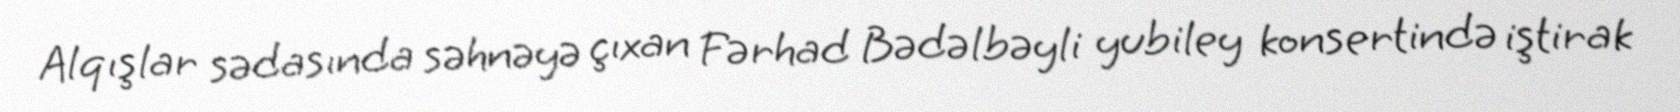
Alqışlar sədasında səhnəyə çıxan Fərhad Bədəlbəyli yubiley konsertində iştirak